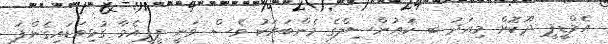
އެމްޑީޕީ ދޫކޮށް މިއަދު ބ. ކައުންސިލްގެ މެންބަރަކު ވެސް ވަނީ ޕީޕީއެމާ ގުޅިވަޑައިގެންފަ